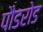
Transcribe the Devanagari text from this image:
पौडरोड